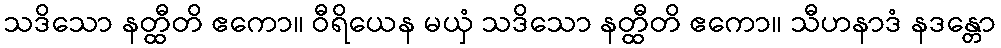
သဒိသော နတ္ထီတိ ဧကော။ ဝီရိယေန မယှံ သဒိသော နတ္ထီတိ ဧကော။ သီဟနာဒံ နဒန္တော